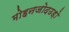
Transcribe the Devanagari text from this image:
मोहनजोदउड़ो